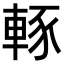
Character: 𨌇